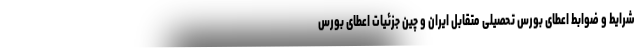
شرایط و ضوابط اعطای بورس تحصیلی متقابل ایران و چین جزئیات اعطای بورس